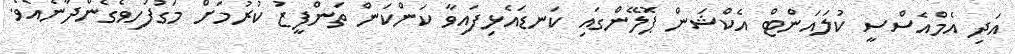
އަދި އެމްއެސްސީ ކުލައަންޓް އެކްޝަން ޕޮލޭންގައި ކަނޑައެޅިފައިވާ ކަންކަން ތަންފީޒު ކުރުމަށް މަގުފަހިވެގެންދާނެއެވެ.